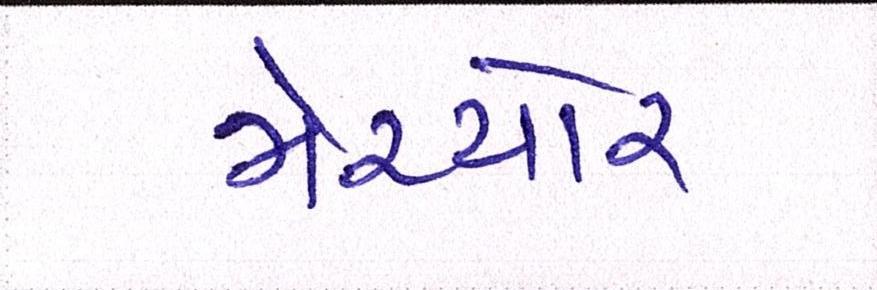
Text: મેચ્યોર